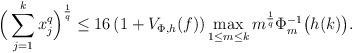
LaTeX: \begin{align*}\Big(\sum_{j=1}^k x_j^q\Big)^{\frac1{q}}\leq 16\left(1+V_{\Phi,h}(f)\right)\max_{1\leq m\leq k} m^{\frac1{q}}\Phi_m^{-1}\big(h(k)\big).\end{align*}